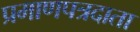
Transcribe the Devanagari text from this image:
प्रमाणपत्रदाता